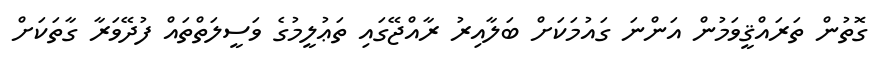
ގޮތުން ތަރައްޤީވަމުން އަންނަ ގައުމަކަށް ބަލާއިރު ރާއްޖޭގައި ތަޢުލީމުގެ ވަސީލަތްތައް ފުދޭވަރާ ގާތަކަށް